Tezpur Lunatic Asylum reports 1877-1894 - 1877-1894
Year: 1877
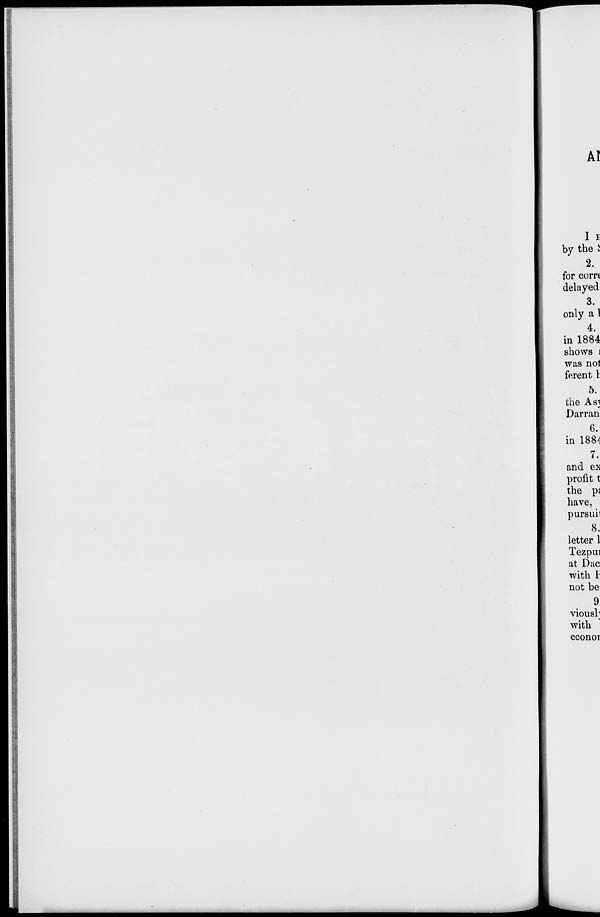
AI
I E
by the i
2.
for corn
delayed
3.
only a 1
4.
in 1884
shows i
was not
ferent I
5.
the Asj
Darran
6.
in 1884
7.
and ex
profit t
the pj
have,
pursuii
8.
letter 1
Tezpui
at Dae
with 1
not be
9
viousl;
with
econoi